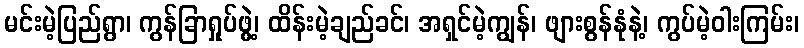
မင်းမဲ့ပြည်ရွာ၊ ကွန်ခြာရှုပ်ဖွဲ့၊ ထိန်းမဲ့ချည်ခင်၊ အရှင်မဲ့ကျွန်၊ ဖျားစွန်နုံနဲ့၊ ကွပ်မဲ့ဝါးကြမ်း၊